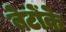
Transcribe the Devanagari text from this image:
बेटोंके